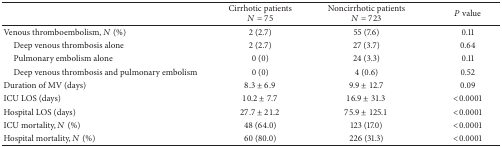
|  | Cirrhotic patientsN = 75 | Noncirrhotic patientsN = 723 | P value |
 | --- | --- | --- | --- |
 | Venous thromboembolism, N (%) | 2 (2.7) | 55 (7.6) | 0.11 |
 | Deep venous thrombosis alone | 2 (2.7) | 27 (3.7) | 0.64 |
 | Pulmonary embolism alone | 0 (0) | 24 (3.3) | 0.11 |
 | Deep venous thrombosis and pulmonary embolism | 0 (0) | 4 (0.6) | 0.52 |
 | Duration of MV (days) | 8.3 ± 6.9 | 9.9 ± 12.7 | 0.09 |
 | ICU LOS (days) | 10.2 ± 7.7 | 16.9 ± 31.3 | <0.0001 |
 | Hospital LOS (days) | 27.7 ± 21.2 | 75.9 ± 125.1 | <0.0001 |
 | ICU mortality, N (%) | 48 (64.0) | 123 (17.0) | <0.0001 |
 | Hospital mortality, N (%) | 60 (80.0) | 226 (31.3) | <0.0001 |